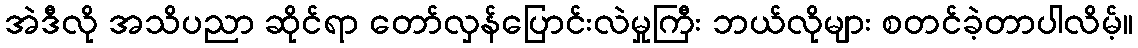
အဲဒီလို အသိပညာ ဆိုင်ရာ တော်လှန်ပြောင်းလဲမှုကြီး ဘယ်လိုများ စတင်ခဲ့တာပါလိမ့်။